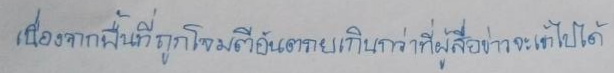
ต่างก็มีกลุ่มซึ่งพบกันเพื่อแจ้งความก้าวหน้าและปัญหาของตน